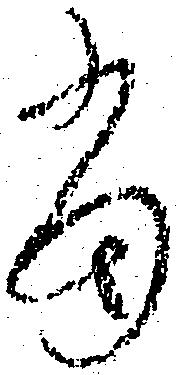
当